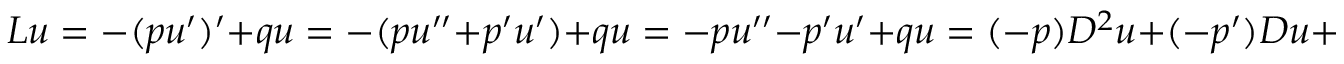
L u = - ( p u ^ { \prime } ) ^ { \prime } + q u = - ( p u ^ { \prime \prime } + p ^ { \prime } u ^ { \prime } ) + q u = - p u ^ { \prime \prime } - p ^ { \prime } u ^ { \prime } + q u = ( - p ) D ^ { 2 } u + ( - p ^ { \prime } ) D u + ( q ) u . \;